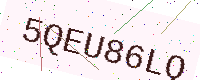
Text: 5QEU86LQ